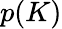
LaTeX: p(K)